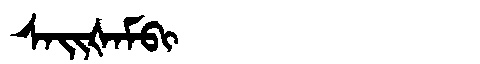
Manchu: ᠰᠠᡳᡧᠠᠮᠪᡳ
Romanization: SAIŠAMBI